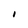
Character: I